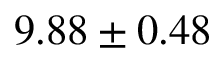
9 . 8 8 \pm 0 . 4 8 \